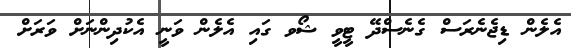
އެލެން ޑިޖެނެރަސް ގެނެސްދޭ ޓީވީ ޝޯވ ގައި އެލެން ވަނީ އެކުދިންނަށް ވަރަށް